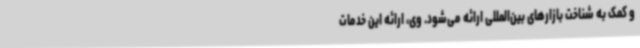
و کمک به شناخت بازارهای بین‌المللی ارائه می‌شود. وی، ارائه این خدمات